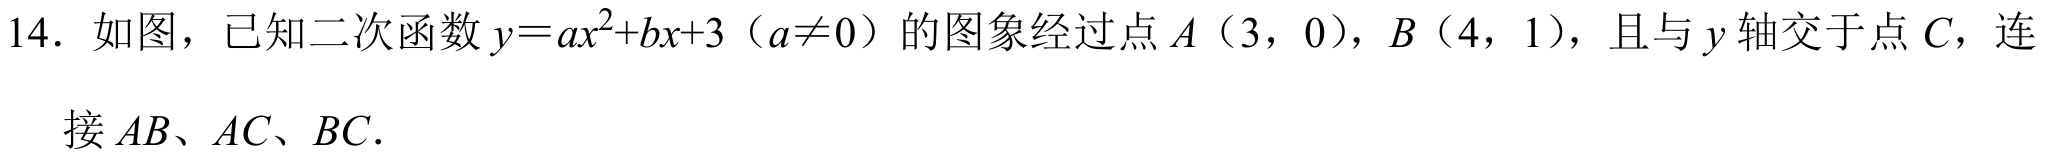
14. 如图，已知二次函数\(y = ax^{2}+bx + 3\)（\(a\neq0\)）的图象经过点\(A(3,0)\)，\(B(4,1)\)，且与\(y\)轴交于点\(C\)，连接\(AB\)、\(AC\)、\(BC\).